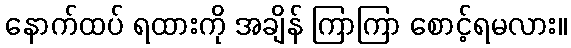
နောက်ထပ် ရထားကို အချိန် ကြာကြာ စောင့်ရမလား။